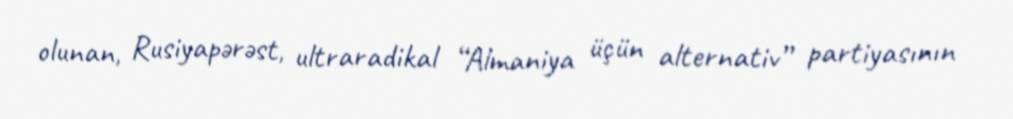
olunan, Rusiyapərəst, ultraradikal “Almaniya üçün alternativ” partiyasının